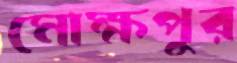
মোক্ষপুর